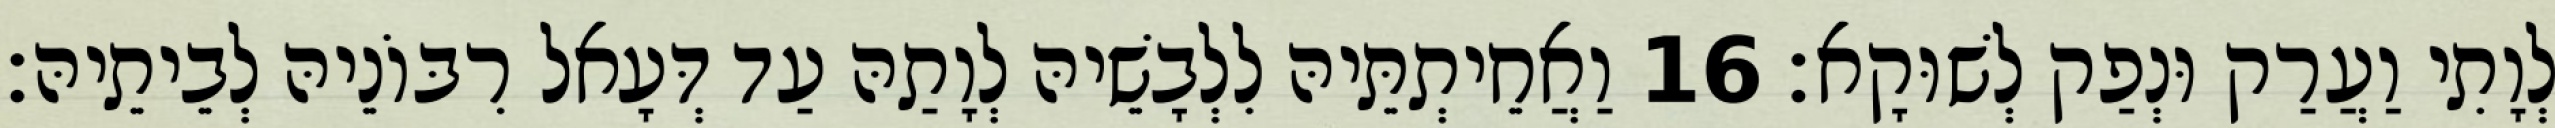
לְוָתִי וַעֲרַק וּנְפַק לְשׁוּקָא׃ 16 וַאֲחֵיתְתֵּיהּ לִלְבָשֵׁיהּ לְוָתַהּ עַד דְּעָאל רִבּוֹנֵיהּ לְבֵיתֵיהּ׃